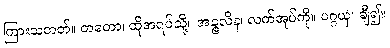
ကြားသတတ်။ တတော၊ ထိုအရပ်သို့။ အဉ္ဇလိန၊ လက်အုပ်ကို။ ပဂ္ဂယှ၊ ချီ၍။